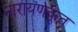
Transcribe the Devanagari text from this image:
नारायणकृत